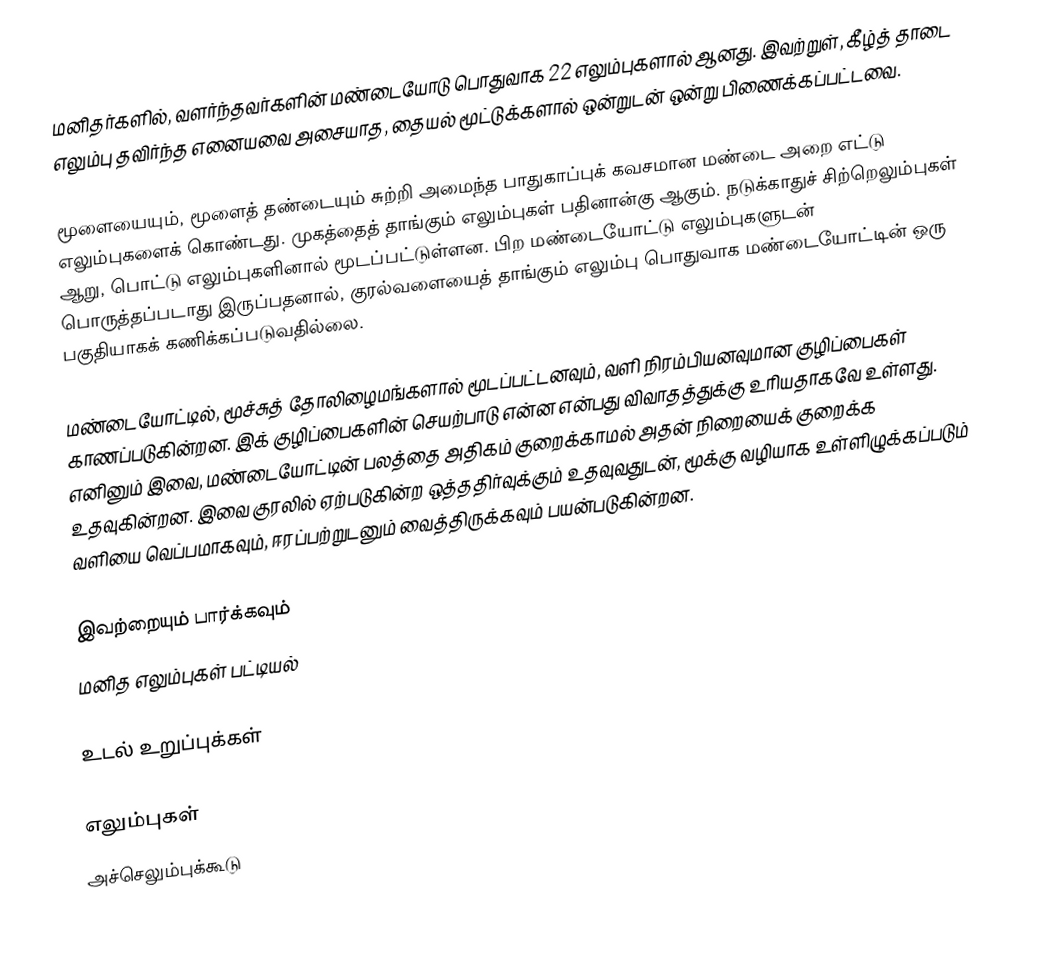
மனிதர்களில், வளர்ந்தவர்களின் மண்டையோடு பொதுவாக 22 எலும்புகளால் ஆனது. இவற்றுள், கீழ்த் தாடை எலும்பு தவிர்ந்த எனையவை அசையாத, தையல் மூட்டுக்களால் ஒன்றுடன் ஒன்று பிணைக்கப்பட்டவை.

மூளையையும், மூளைத் தண்டையும் சுற்றி அமைந்த பாதுகாப்புக் கவசமான மண்டை அறை எட்டு எலும்புகளைக் கொண்டது. முகத்தைத் தாங்கும் எலும்புகள் பதினான்கு ஆகும். நடுக்காதுச் சிற்றெலும்புகள் ஆறு, பொட்டு எலும்புகளினால் மூடப்பட்டுள்ளன. பிற மண்டையோட்டு எலும்புகளுடன் பொருத்தப்படாது இருப்பதனால், குரல்வளையைத் தாங்கும் எலும்பு பொதுவாக மண்டையோட்டின் ஒரு பகுதியாகக் கணிக்கப்படுவதில்லை.

மண்டையோட்டில், மூச்சுத் தோலிழைமங்களால் மூடப்பட்டனவும், வளி நிரம்பியனவுமான குழிப்பைகள் காணப்படுகின்றன. இக் குழிப்பைகளின் செயற்பாடு என்ன என்பது விவாதத்துக்கு உரியதாகவே உள்ளது. எனினும் இவை, மண்டையோட்டின் பலத்தை அதிகம் குறைக்காமல் அதன் நிறையைக் குறைக்க உதவுகின்றன. இவை குரலில் ஏற்படுகின்ற ஒத்ததிர்வுக்கும் உதவுவதுடன், மூக்கு வழியாக உள்ளிழுக்கப்படும் வளியை வெப்பமாகவும், ஈரப்பற்றுடனும் வைத்திருக்கவும் பயன்படுகின்றன.

இவற்றையும் பார்க்கவும்
மனித எலும்புகள் பட்டியல்

உடல் உறுப்புக்கள்

எலும்புகள்
அச்செலும்புக்கூடு